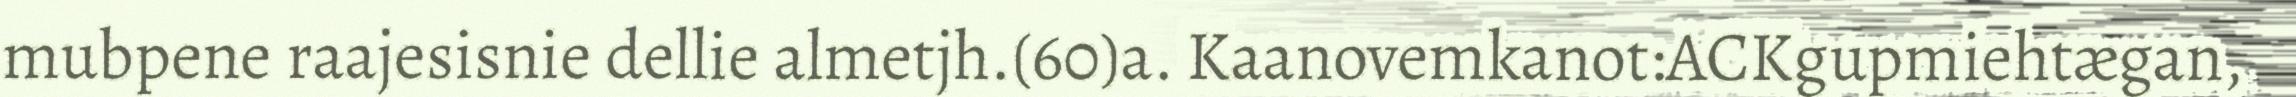
mubpene raajesisnie dellie almetjh.(60)a. Kaanovemkanot:ACKgupmiehtægan,